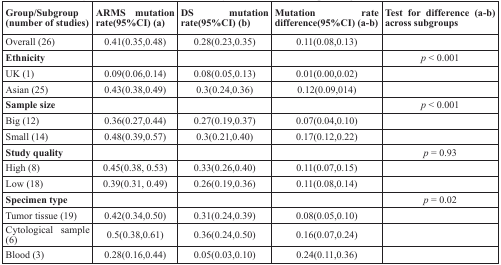
<table><thead><tr><td><b>Group/Subgroup(number of studies)</b></td><td><b>ARMS mutation rate(95%CI) (a)</b></td><td><b>DS mutation rate(95%CI) (b)</b></td><td><b>Mutation rate difference(95%CI) (a-b)</b></td><td><b>Test for difference (a-b) across subgroups</b></td></tr></thead><tbody><tr><td>Overall (26)</td><td>0.41(0.35,0.48)</td><td>0.28(0.23,0.35)</td><td>0.11(0.08,0.13)</td><td></td></tr><tr><td><b>Ethnicity</b></td><td></td><td></td><td></td><td><i>p</i> &lt; 0.001</td></tr><tr><td>UK (1)</td><td>0.09(0.06,0.14)</td><td>0.08(0.05,0.13)</td><td>0.01(0.00,0.02)</td><td></td></tr><tr><td>Asian (25)</td><td>0.43(0.38,0.49)</td><td>0.3(0.24,0.36)</td><td>0.12(0.09,014)</td><td></td></tr><tr><td><b>Sample size</b></td><td></td><td></td><td></td><td><i>p</i> &lt; 0.001</td></tr><tr><td>Big (12)</td><td>0.36(0.27,0.44)</td><td>0.27(0.19,0.37)</td><td>0.07(0.04,0.10)</td><td></td></tr><tr><td>Small (14)</td><td>0.48(0.39,0.57)</td><td>0.3(0.21,0.40)</td><td>0.17(0.12,0.22)</td><td></td></tr><tr><td><b>Study quality</b></td><td></td><td></td><td></td><td><i>p</i> = 0.93</td></tr><tr><td>High (8)</td><td>0.45(0.38, 0.53)</td><td>0.33(0.26,0.40)</td><td>0.11(0.07,0.15)</td><td></td></tr><tr><td>Low (18)</td><td>0.39(0.31, 0.49)</td><td>0.26(0.19,0.36)</td><td>0.11(0.08,0.14)</td><td></td></tr><tr><td><b>Specimen type</b></td><td></td><td></td><td></td><td><i>p</i> = 0.02</td></tr><tr><td>Tumor tissue (19)</td><td>0.42(0.34,0.50)</td><td>0.31(0.24,0.39)</td><td>0.08(0.05,0.10)</td><td></td></tr><tr><td>Cytological sample (6)</td><td>0.5(0.38,0.61)</td><td>0.36(0.24,0.50)</td><td>0.16(0.07,0.24)</td><td></td></tr><tr><td>Blood (3)</td><td>0.28(0.16,0.44)</td><td>0.05(0.03,0.10)</td><td>0.24(0.11,0.36)</td><td></td></tr></tbody></table>